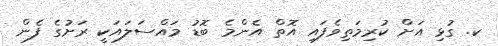
ކ. ގުޅި އަށް ކުރިމަތިވެފައި އޮތް އެންމެ ބޮޑު މައްސަލައަކީ ރަށުގެ ފެން